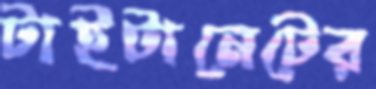
টাইটানেটের